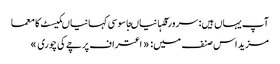
آپ یہاں ہیں: سرورقکہانیاںجاسوسی کہانیاںکیسٹ کا معما
مزید اس صنف میں: « اعتراف	پرچے کی چوری »